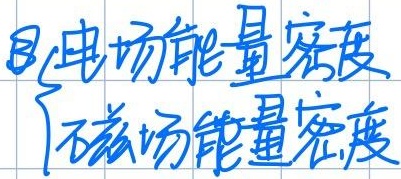
电场能量密度 磁场能量密度